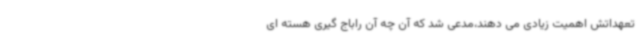
تعهداتش اهمیت زیادی می دهند،مدعی شد که آن چه آن راباج گیری هسته ای